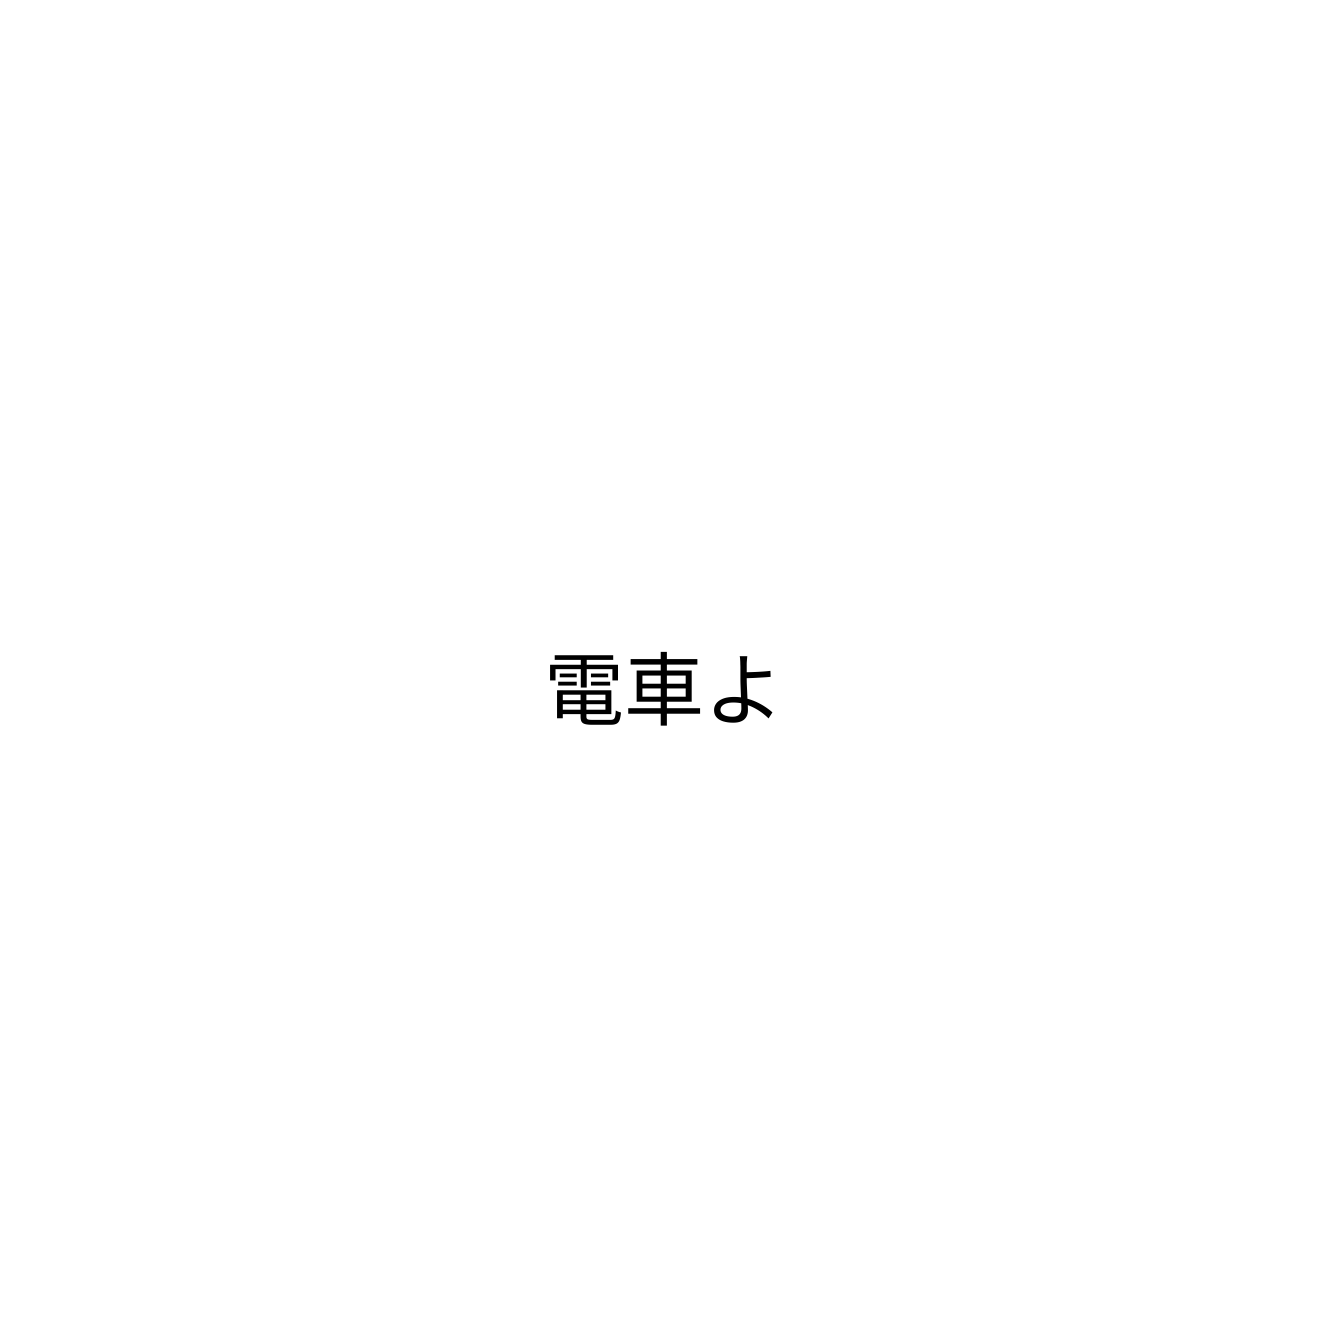
電車よ